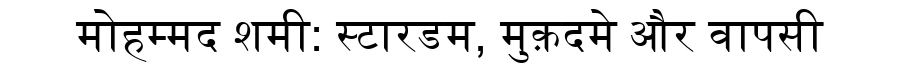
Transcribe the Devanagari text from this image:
मोहम्मद शमी: स्टारडम, मुक़दमे और वापसी